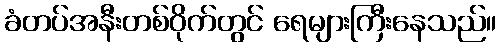
ခံတပ်အနီးတစ်ဝိုက်တွင် ရေများကြီးနေသည်။